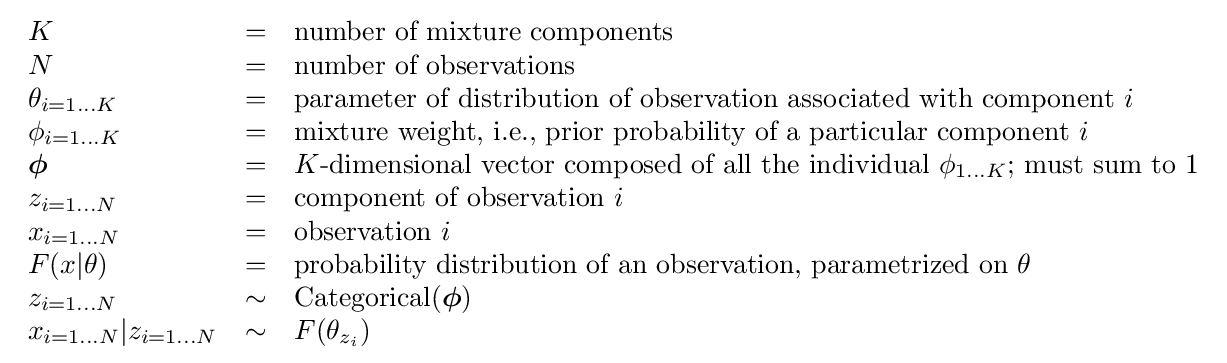
{\begin{array}{lcl}K&=&{\text{number of mixture components}}\\N&=&{\text{number of observations}}\\\theta _{i=1\dots K}&=&{\text{parameter of distribution of observation associated with component }}i\\\phi _{i=1\dots K}&=&{\text{mixture weight, i.e., prior probability of a particular component }}i\\{\boldsymbol {\phi }}&=&K{\text{-dimensional vector composed of all the individual }}\phi _{1\dots K}{\text{; must sum to 1}}\\z_{i=1\dots N}&=&{\text{component of observation }}i\\x_{i=1\dots N}&=&{\text{observation }}i\\F(x|\theta )&=&{\text{probability distribution of an observation, parametrized on }}\theta \\z_{i=1\dots N}&\sim &\operatorname {Categorical} ({\boldsymbol {\phi }})\\x_{i=1\dots N}|z_{i=1\dots N}&\sim &F(\theta _{z_{i}})\end{array}}